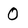
Character: 0